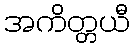
အကိတ္တယီ